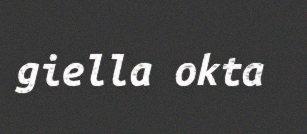
giella okta